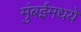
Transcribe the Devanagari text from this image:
मुंबईमधये